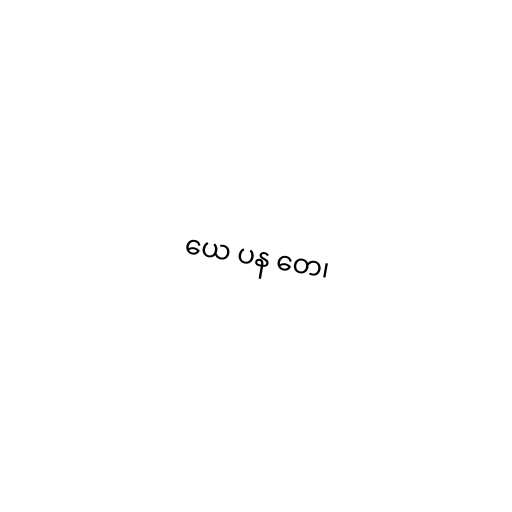
ယေ ပန တေ၊